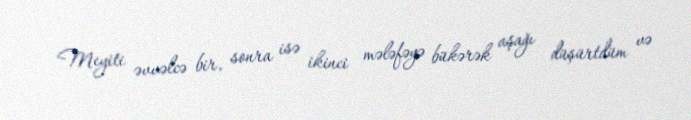
Meyiti əvvəlcə bir, sonra isə ikinci mələfəyə bükərək aşağı düşürtdüm və